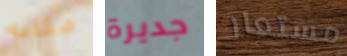
مكانه جديرة مستعار